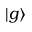
| g \rangle